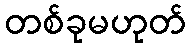
တစ်ခုမဟုတ်